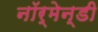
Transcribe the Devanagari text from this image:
नॉर्मेन्डी